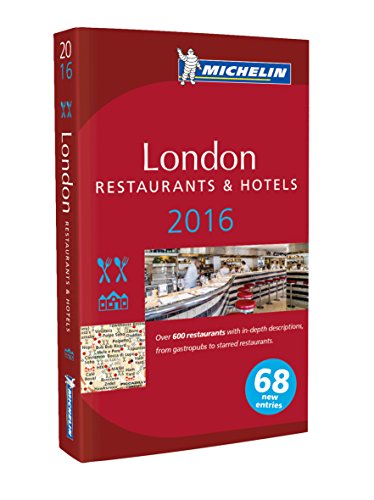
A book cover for MICHELIN Guide London 2016: Restaurants & Hotels (Michelin Guide/Michelin); Michelin; Travel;